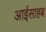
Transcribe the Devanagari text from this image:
आईसाहब